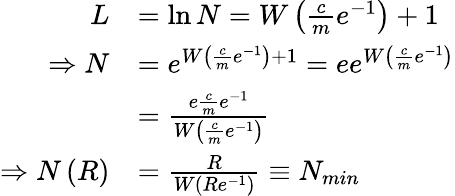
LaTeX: \begin{array}{rl}{L}&{=\ln N=W\left(\frac{c}{m}e^{-1}\right)+1}\\ {\Rightarrow N}&{=e^{W\left(\frac{c}{m}e^{-1}\right)+1}=ee^{W\left(\frac{c}{m}e^{-1}\right)}}\\ &{=\frac{e\frac{c}{m}e^{-1}}{W\left(\frac{c}{m}e^{-1}\right)}}\\ {\Rightarrow N\left(R\right)}&{=\frac{R}{W\left(Re^{-1}\right)}\equiv N_{\mathrm{\textit{min}}}}\end{array}